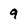
Character: 9